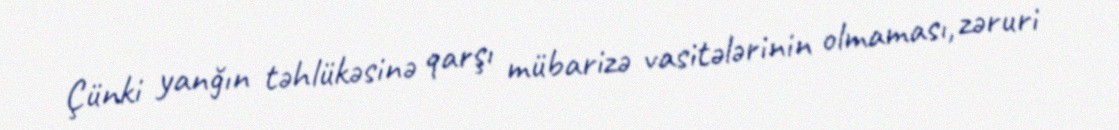
Çünki yanğın təhlükəsinə qarşı mübarizə vasitələrinin olmaması, zəruri